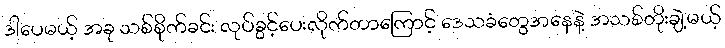
ဒါပေမယ့် အခု သစ်စိုက်ခင်း လုပ်ခွင့်ပေးလိုက်တာကြောင့် ဒေသခံတွေအနေနဲ့ အသစ်တိုးချဲ့မယ့်